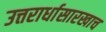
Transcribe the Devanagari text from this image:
उत्तरार्धासारखाच